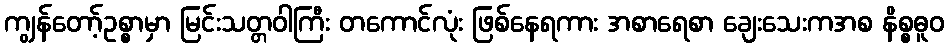
ကျွန်တော့်ဥစ္စာမှာ မြင်းသတ္တဝါကြီး တကောင်လုံး ဖြစ်နေရကား အစာရေစာ ချေးသေးကအစ နိစ္စဓူဝ